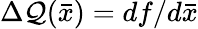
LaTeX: \Delta\mathcal{Q}(\bar{{x}})=df/d\bar{{x}}